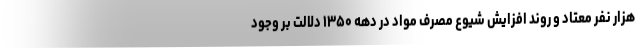
هزار نفر معتاد و روند افزایش شیوع مصرف مواد در دهه ۱۳۵۰ دلالت بر وجود